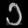
Digit: ၁